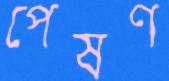
পেষণ